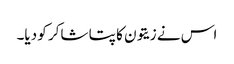
اس نے زیتون کا پتا شاکر کو دیا۔